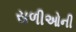
સળીઓની